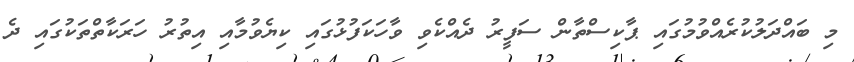
މި ބައްދަލުކުރެއްވުމުގައި ޕާކިސްތާން ސަފީރު ދެއްކެވި ވާހަކަފުޅުގައި ކިޔެވުމާއި އިތުރު ހަރަކާތްތަކުގައި ދެ